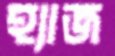
হ্যাজ